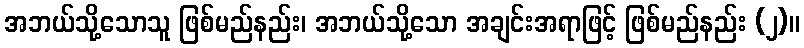
အဘယ်သို့သောသူ ဖြစ်မည်နည်း၊ အဘယ်သို့သော အချင်းအရာဖြင့် ဖြစ်မည်နည်း (၂)။